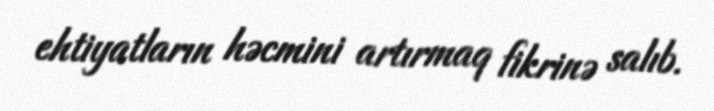
ehtiyatların həcmini artırmaq fikrinə salıb.